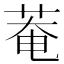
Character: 菴